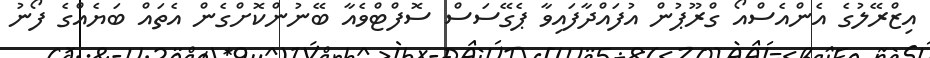
އިޒްރޭލުގެ އެންއެސްއޯ ގްރޫޕުން އުފައްދާފައިވާ ޕެގޭސަސް ސޮފްޓްވެއާ ބޭނުންކޮށްގެން އެތައް ބަޔެއްގެ ފޯނު